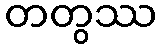
တတွဿ